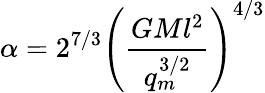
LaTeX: \alpha=2^{7/3}\left(\frac{GMl^{2}}{q_{m}^{3/2}}\right)^{4/3}